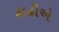
ઢાઢીએ